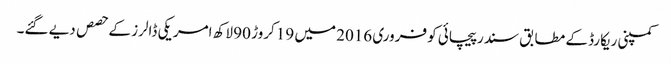
کمپنی ریکارڈ کے مطابق سندر پیچائی کو فروری 2016 میں 19 کروڑ 90 لاکھ امریکی ڈالرز کے حصص دیے گئے۔